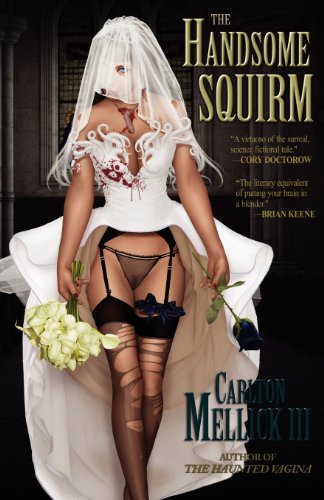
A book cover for The Handsome Squirm; Carlton Mellick III; Romance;